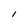
Character: I